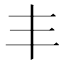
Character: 丰